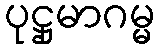
ပုဋ္ဌုမာဂမ္မ